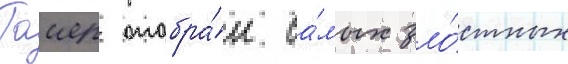
Таиер отобра́л са́мых зло́стных